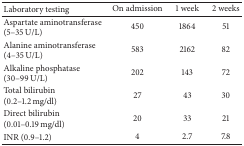
| Laboratory testing | On admission | 1 week | 2 weeks |
 | --- | --- | --- | --- |
 | Aspartate aminotransferase (5–35 U/L) | 450 | 1864 | 51 |
 | Alanine aminotransferase (4–35 U/L) | 583 | 2162 | 82 |
 | Alkaline phosphatase (30–99 U/L) | 202 | 143 | 72 |
 | Total bilirubin (0.2–1.2 mg/dl) | 27 | 43 | 30 |
 | Direct bilirubin (0.01–0.19 mg/dl) | 20 | 33 | 21 |
 | INR (0.9–1.2) | 4 | 2.7 | 7.8 |